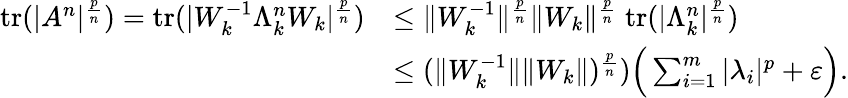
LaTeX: \begin{array}{rl}{\mathrm{tr}(|A^{n}|^{\frac{p}{n}})=\mathrm{tr}(|W_{k}^{-1}\Lambda_{k}^{n}W_{k}|^{\frac{p}{n}})}&{\le\| W_{k}^{-1}\| ^{\frac{p}{n}}\| W_{k}\| ^{\frac{p}{n}}\; \mathrm{tr}(|\Lambda_{k}^{n}|^{\frac{p}{n}})}\\ &{\le(\| W_{k}^{-1}\| \| W_{k}\| )^{\frac{p}{n}})\Big(\sum_{i=1}^{m}|\lambda_{i}|^{p}+\varepsilon\Big).}\end{array}